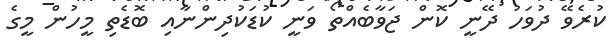
ކުރެވޭ ދުވަހު ދޭނީ ކޮން ޖަވާބެއްތޯ ވަނީ ކުޑަކުދިންނާއި ބޮޑެތި މީހުން މީގެ